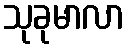
သုခုမာလာ